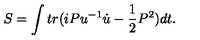
S = \int t r ( i P u ^ { - 1 } \dot { u } - \frac { 1 } { 2 } P ^ { 2 } ) d t .